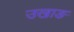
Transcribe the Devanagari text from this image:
उखाङ